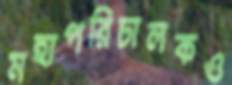
মহাপরিচালকও